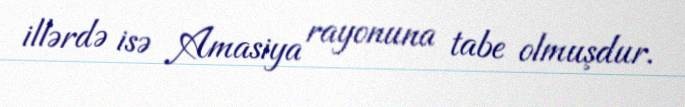
illərdə isə Amasiya rayonuna tabe olmuşdur.